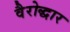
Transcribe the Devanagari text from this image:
वैरोद्धार